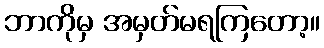
ဘာကိုမှ အမှတ်မရကြတော့။